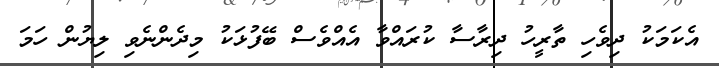
އެކަމަކު ދިވެހި ތާރީހު ދިރާސާ ކުރައްވާ އެއްވެސް ބޭފުޅަކު މިދެންނެވި ލިޔުން ހަމަ